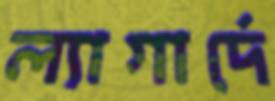
ল্যাগার্দে